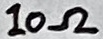
Text: 10Ω